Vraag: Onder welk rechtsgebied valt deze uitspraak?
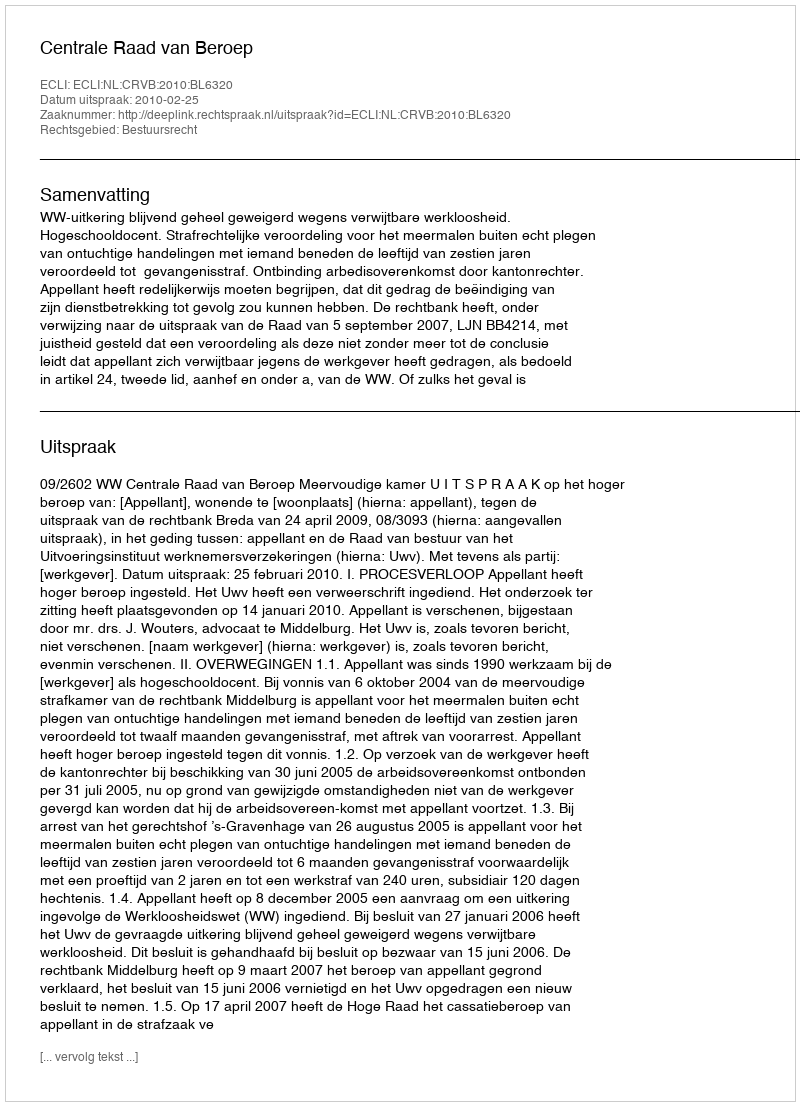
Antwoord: Bestuursrecht